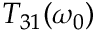
T _ { 3 1 } ( \omega _ { 0 } )